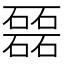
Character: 𥗉